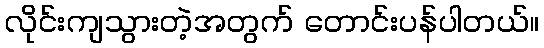
လိုင်းကျသွားတဲ့အတွက် တောင်းပန်ပါတယ်။